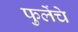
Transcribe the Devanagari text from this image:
फुलेंचे